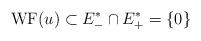
LaTeX: \begin{align*}{\rm WF}(u)\subset E_-^*\cap E_+^*=\{0\}\end{align*}